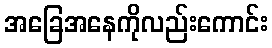
အခြေအနေကိုလည်းကောင်း